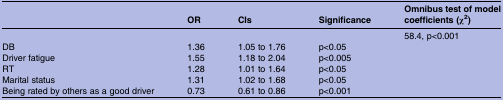
<table><thead><tr><td></td><td><b>OR</b></td><td><b>CIs</b></td><td><b>Significance</b></td><td><b>Omnibus test of model coefficients (χ<sup>2</sup>)</b></td></tr></thead><tbody><tr><td></td><td></td><td></td><td></td><td>58.4, p&lt;0.001</td></tr><tr><td>DB</td><td>1.36</td><td>1.05 to 1.76</td><td>p&lt;0.05</td><td></td></tr><tr><td>Driver fatigue</td><td>1.55</td><td>1.18 to 2.04</td><td>p&lt;0.005</td><td></td></tr><tr><td>RT</td><td>1.28</td><td>1.01 to 1.64</td><td>p&lt;0.05</td><td></td></tr><tr><td>Marital status</td><td>1.31</td><td>1.02 to 1.68</td><td>p&lt;0.05</td><td></td></tr><tr><td>Being rated by others as a good driver</td><td>0.73</td><td>0.61 to 0.86</td><td>p&lt;0.001</td><td></td></tr></tbody></table>